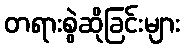
တရားစွဲဆိုခြင်းများ